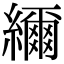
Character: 䌤